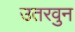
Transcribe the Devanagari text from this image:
उतरवुन